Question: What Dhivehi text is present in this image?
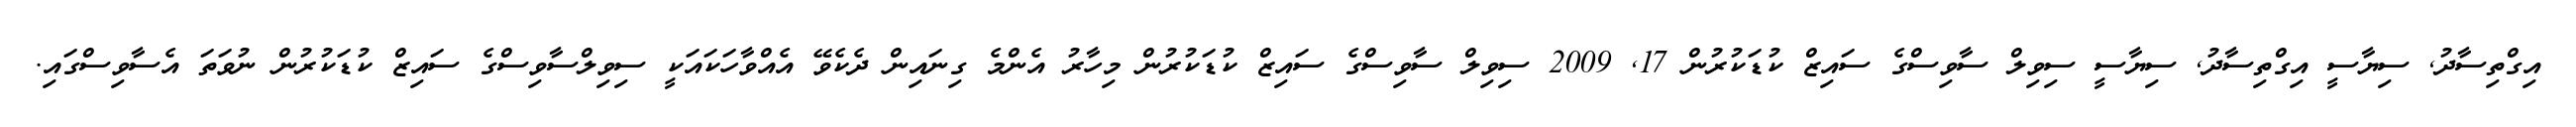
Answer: އިގްތިސާދު, ސިޔާސީ އިގްތިސާދު, ސިޔާސީ ސިވިލް ސާވިސްގެ ސައިޒް ކުޑަކުރުން 17, 2009 ސިވިލް ސާވިސްގެ ސައިޒް ކުޑަކުރުން މިހާރު އެންމެ ގިނައިން ދެކެވޭ އެއްވާހަކައަކީ ސިވިލްސާވިސްގެ ސައިޒް ކުޑަކުރުން ނުވަތަ އެސާވިސްގައި.